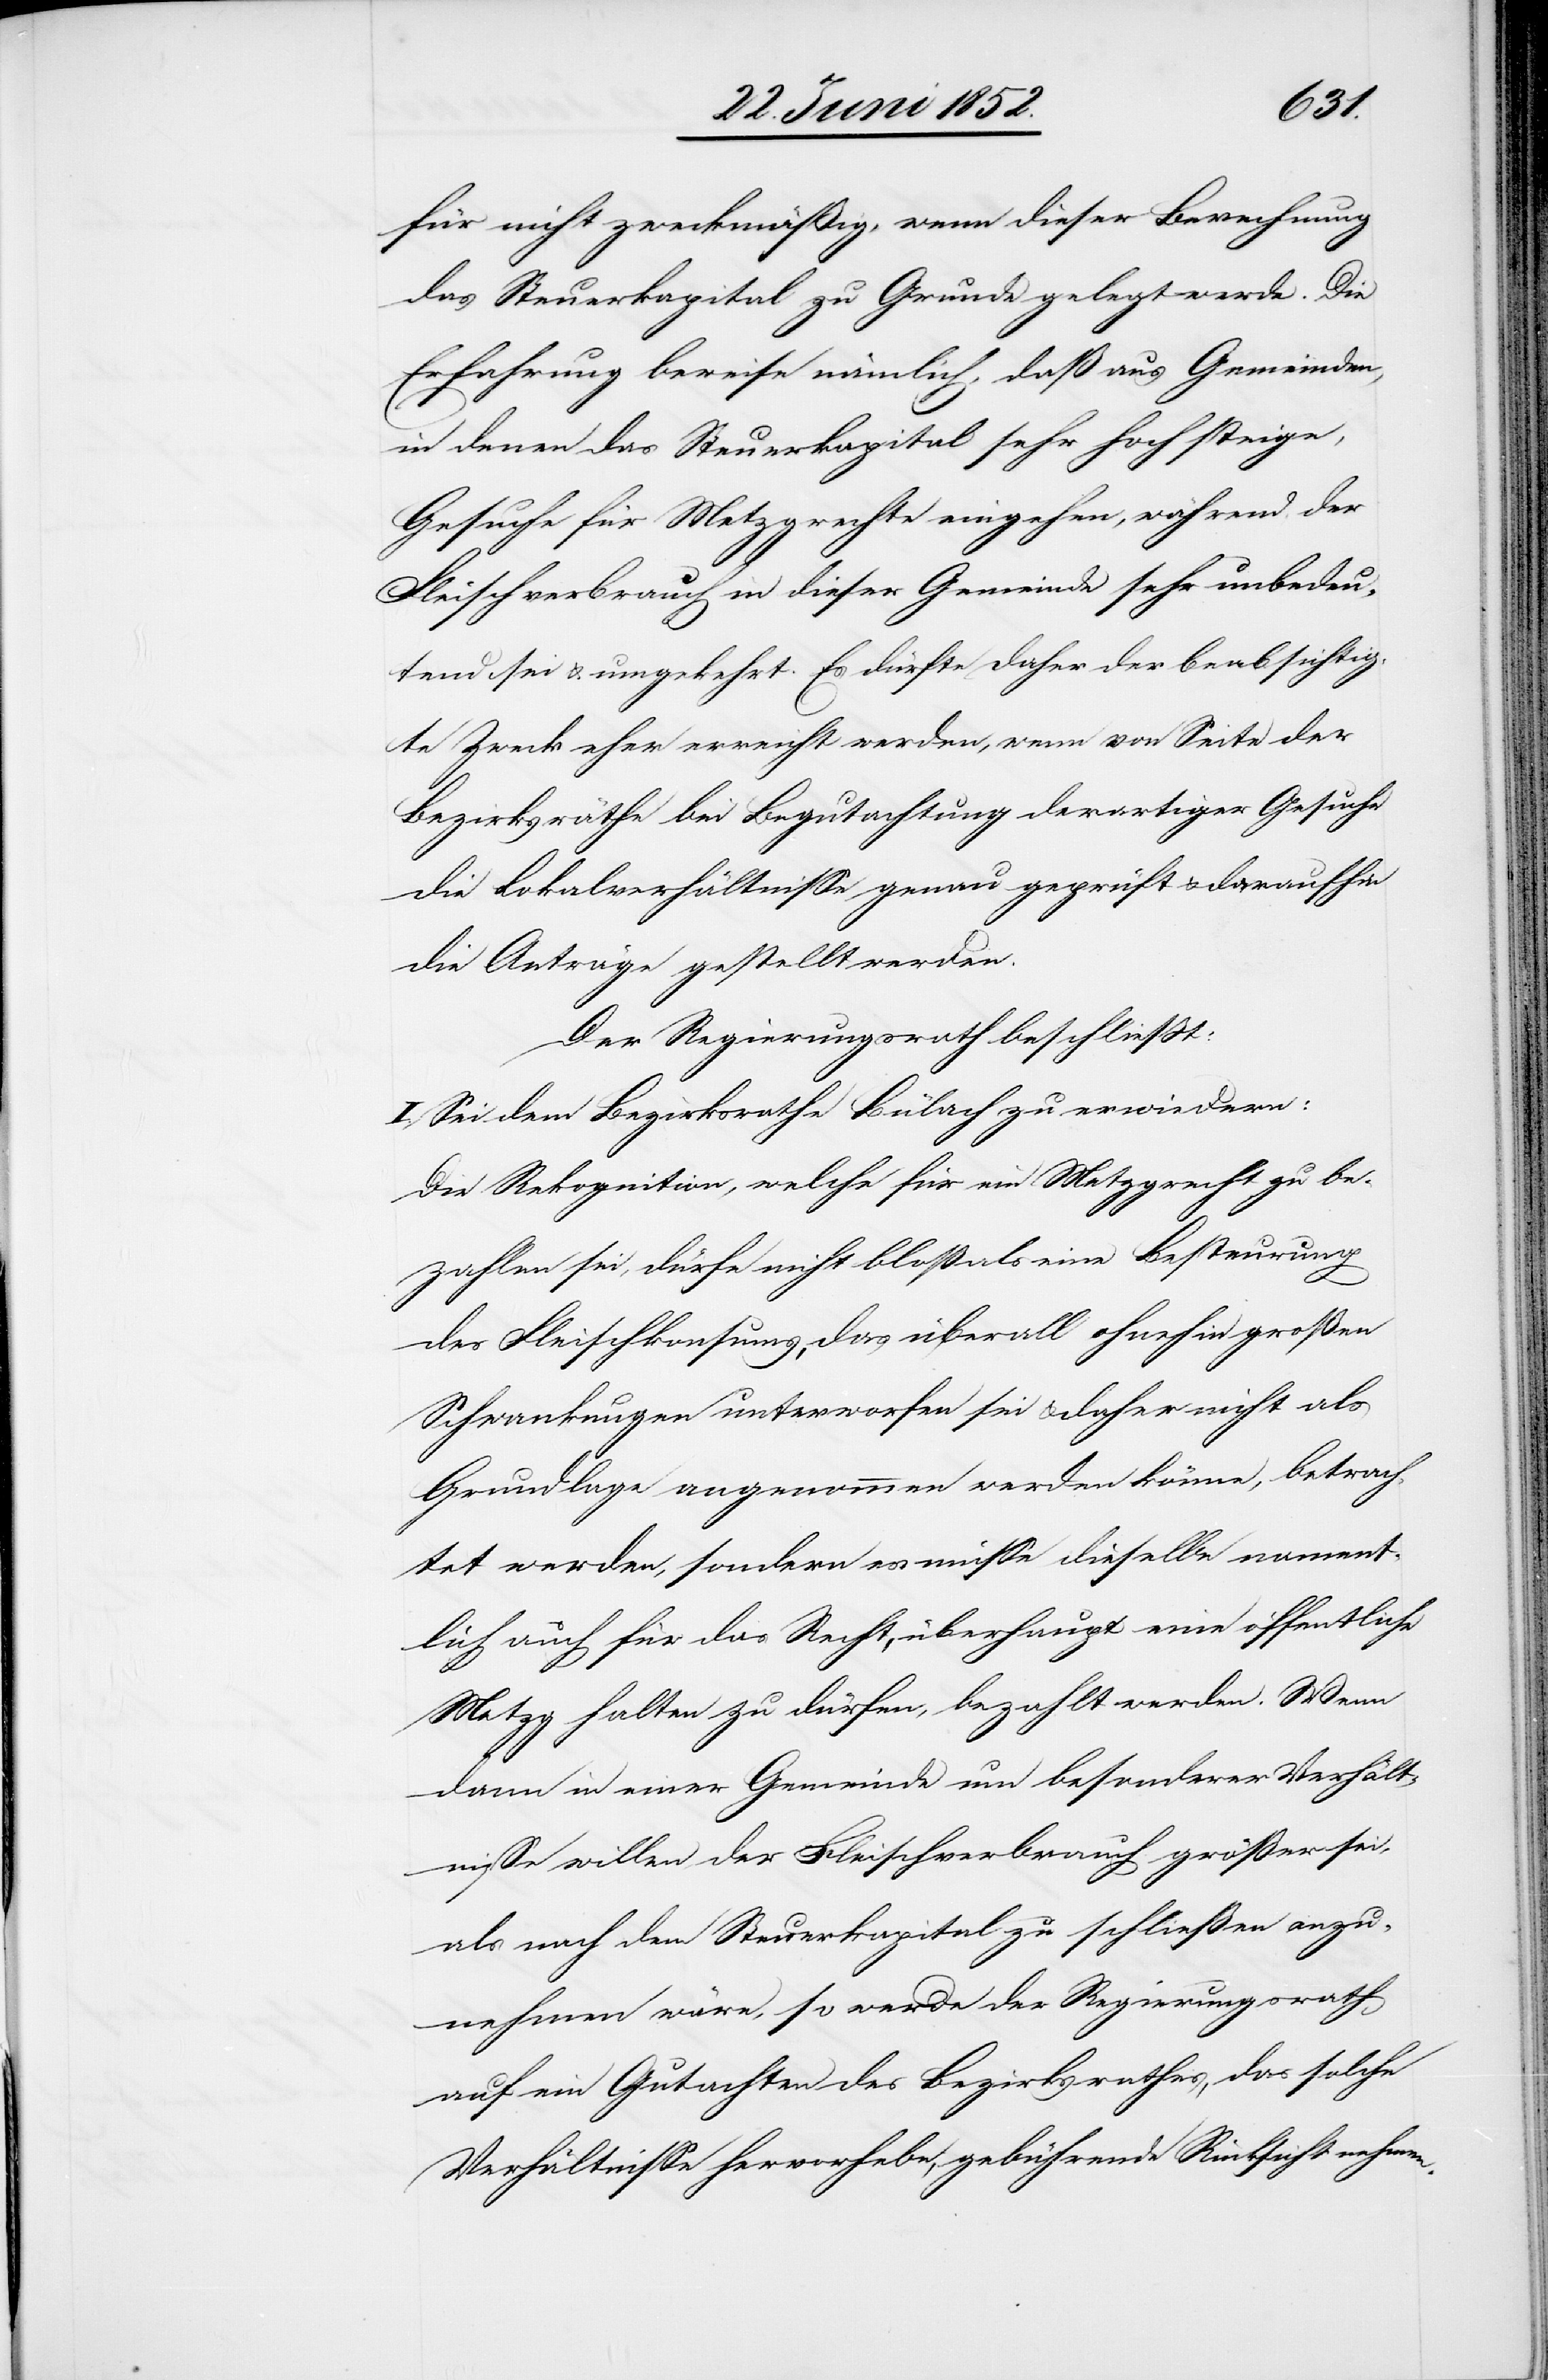
für nicht zweckmäßig, wenn dieser Berechnung
das Steuerkapital zu Grunde gelegt werde. Die
Erfahrung beweise nämlich, daß aus Gemeinden,
in denen das Steuerkapital sehr hoch steige,
Gesuche für Metzgrechte eingehen, während der
Fleischverbrauch in dieser Gemeinde sehr unbedeu¬
tend sei & umgekehrt. Es dürfte daher der beabsichtig¬
te Zweck eher erreicht werden, wenn von Seite der
Bezirksräthe bei Begutachtung derartiger Gesuche
die Lokalverhältnisse genau geprüft & daraufhin
die Anträge gestellt werden.
Der Regierungsrath beschließt:
I., Sei dem Bezirksrathe Bülach zu erwiedern:
Die Rekognition, welche für ein Metzgrecht zu be¬
zahlen sei, dürfe nicht bloß als eine Besteurung
des Fleischkonsums, das überall ohnehin großen
Schwankungen unterworfen sei & daher nicht als
Grundlage angenommen werden könne, betrach¬
tet werden, sondern es müsse dieselbe nament¬
lich auch für das Recht, überhaupt eine öffentliche
Metzg halten zu dürfen, bezahlt werden. Wenn
dann in einer Gemeinde um besonderer Verhält¬
nisse willen der Fleischverbrauch größer sei,
als nach dem Steuerkapital zu schließen anzu¬
nehmen wäre, so werde der Regierungsrath
auf ein Gutachten des Bezirksrathes, das solche
Verhältnisse hervorhebe, gebührende Rücksicht nehmen.